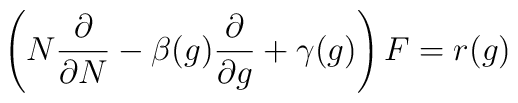
\left( N {\partial \over \partial N} - \beta (g) {\partial \over \partial g} +\gamma (g)\right) F = r(g)